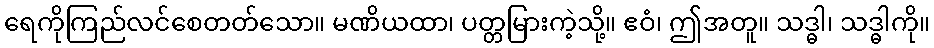
ရေကိုကြည်လင်စေတတ်သော။ မဏိယထာ၊ ပတ္တမြားကဲ့သို့။ ဧဝံ၊ ဤအတူ။ သဒ္ဓါ၊ သဒ္ဓါကို။